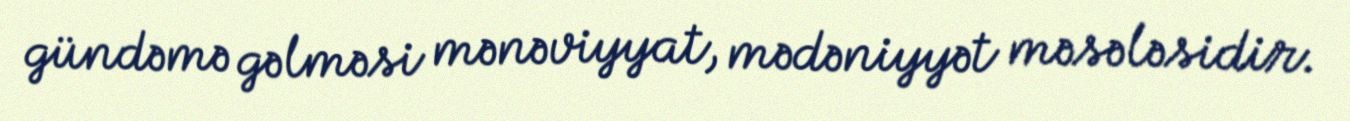
gündəmə gəlməsi mənəviyyat, mədəniyyət məsələsidir.